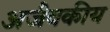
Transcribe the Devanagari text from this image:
अजैवकीय